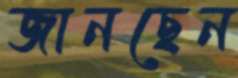
জানছেন